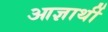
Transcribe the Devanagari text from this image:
आज्ञार्थी